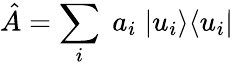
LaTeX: \hat{A}=\sum_{i}\; a_{i}\; |u_{i}\rangle\langle u_{i}|